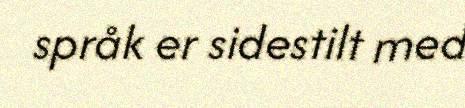
språk er sidestilt med